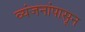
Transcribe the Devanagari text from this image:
व्यंजनांपासून